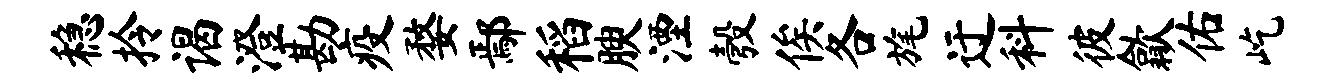
稳拎谒澄勘疫婺鄢稻腴湮彀俟各旄迂料彼歙佑屹